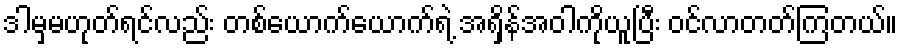
ဒါမှမဟုတ်ရင်လည်း တစ်ယောက်ယောက်ရဲ့ အရှိန်အဝါကိုယူပြီး ဝင်လာတတ်ကြတယ်။